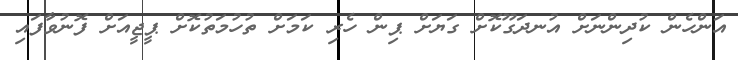
އަންހެން ކުދިންނަށް އުނދަގޫކޮށް ގަޔަށް ޕިން ހެރި ކަމަށް ތުހުމަތުކޮށް ޕީޖީއަށް ފޮނުވާފައި